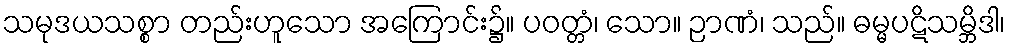
သမုဒယသစ္စာ တည်းဟူသော အကြောင်း၌။ ပဝတ္တံ၊ သော။ ဉာဏံ၊ သည်။ ဓမ္မပဋိသမ္ဘိဒါ၊